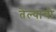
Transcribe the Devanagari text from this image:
तेल्याची